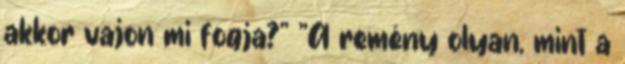
akkor vajon mi fogja?" "A remény olyan, mint a